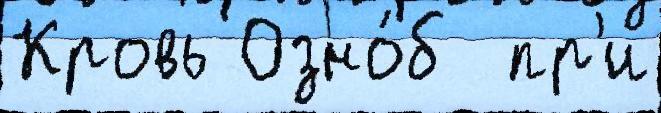
Кровь Озно́б  пр'и